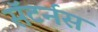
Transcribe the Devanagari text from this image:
सॅटर्नस